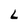
Character: L